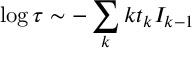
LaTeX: \log \tau \sim - \sum _ { k } k t _ { k } { \cal I } _ { k - 1 }